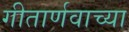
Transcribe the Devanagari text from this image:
गीतार्णवाच्या